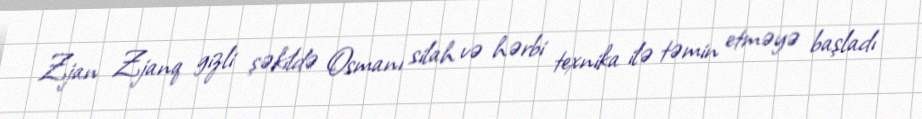
Zjan Zjanq gizli şəkildə Osmanı silah və hərbi texnika ilə təmin etməyə başladı